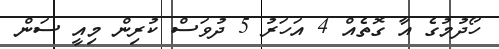
ހޯދުމުގެ އާ ގޮތެއް 4 އަހަރު 5 ދުވަސް ކުރިން މިއީ ސަން